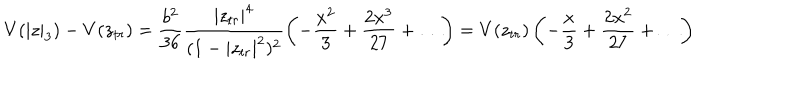
V ( | z | _ { 3 } ) - V ( z _ { t r } ) = \frac { b ^ { 2 } } { 3 6 } \frac { | z _ { t r } | ^ { 4 } } { ( 1 - | z _ { t r } | ^ { 2 } ) ^ { 2 } } \left( - \frac { x ^ { 2 } } { 3 } + \frac { 2 x ^ { 3 } } { 2 7 } + \ldots \right) = V ( z _ { t r } ) \left( - \frac { x } { 3 } + \frac { 2 x ^ { 2 } } { 2 7 } + \ldots \right)